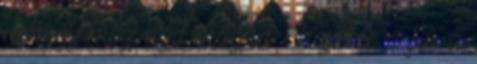
nehogy megvágd magad - hajol le a fiú a